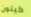
كيتون